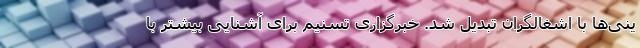
ینی‌ها با اشغالگران تبدیل شد. خبرگزاری تسنیم برای آشنایی بیشتر با